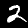
Digit: 2